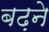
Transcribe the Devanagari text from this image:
बढ़़ने